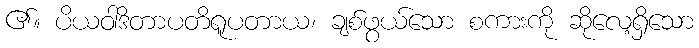
၏။ ပိယဝါဒိတာပတိရူပတာယ၊ ချစ်ဖွယ်သော စကားကို ဆိုလေ့ရှိသော